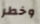
وخطر